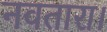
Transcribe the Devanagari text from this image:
नवतारा।